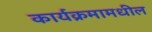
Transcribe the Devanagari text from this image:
कार्यक्रमामधील